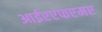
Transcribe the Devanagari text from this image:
आईएएफएमए